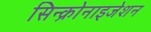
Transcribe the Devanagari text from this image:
सिन्क्रोनाइजेशन